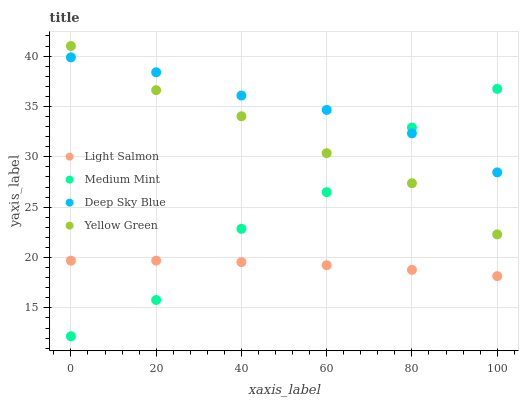
| xaxis_label | Light Salmon | Medium Mint | Deep Sky Blue | Yellow Green |
 | --- | --- | --- | --- | --- |
 | 0 | 19.7 | 12.2 | 39.9 | 41 |
 | 20 | 19.7 | 15.8 | 38.4 | 36.6 |
 | 40 | 19.5 | 22.9 | 36.1 | 34 |
 | 60 | 19.2 | 26.5 | 34.7 | 30.4 |
 | 80 | 18.8 | 32.9 | 32.3 | 27.4 |
 | 100 | 18.2 | 36.7 | 28.5 | 22.3 |